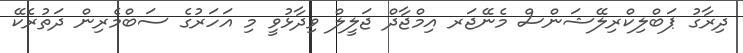
ދިރާގު ޕަބްލިކްރިލޭޝަންސް މެނޭޖަރ އިމްޖާދް ޖަލީލް ވިދާޅުވީ މި އަހަރުގެ ސަބްމެރިން ދަތުރެކޭ